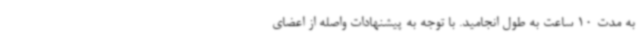
به مدت 10 ساعت به طول انجامید. با توجه به پیشنهادات واصله از اعضای